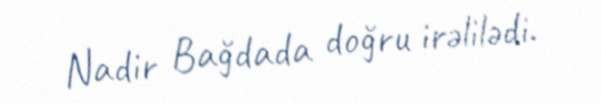
Nadir Bağdada doğru irəlilədi.